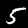
Digit: 5